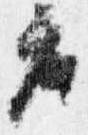
座